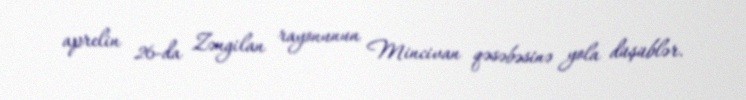
aprelin 26-da Zəngilan rayonunun Mincivan qəsəbəsinə yola düşüblər.